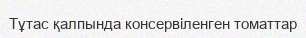
Тұтас қалпында консервіленген томаттар